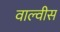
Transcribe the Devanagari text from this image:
वाल्वीस